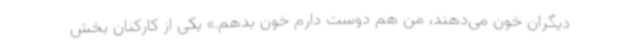
دیگران خون می‌دهند، من هم دوست دارم خون بدهم.» یکی از کارکنان بخش